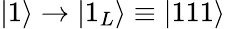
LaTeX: \vert 1\rangle\rightarrow\vert 1_{L}\rangle\equiv\vert 111\rangle